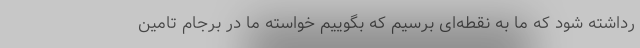
رداشته شود که ما به نقطه‌ای برسیم که بگوییم خواسته ما در برجام تامین